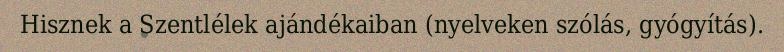
Hisznek a Szentlélek ajándékaiban (nyelveken szólás, gyógyítás).